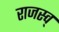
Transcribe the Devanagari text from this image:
राजस्व्